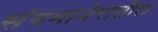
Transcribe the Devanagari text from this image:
संगमानेरातील